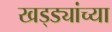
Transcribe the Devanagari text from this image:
खड्ड्यांच्या